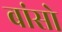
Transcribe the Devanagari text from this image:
बांसो